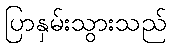
ပြာနှမ်းသွားသည်